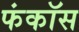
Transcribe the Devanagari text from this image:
फंकॉस